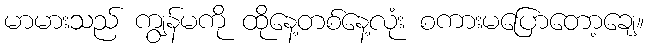
မာမားသည် ကျွန်မကို ထိုနေ့တစ်နေ့လုံး စကားမပြောတော့ချေ။